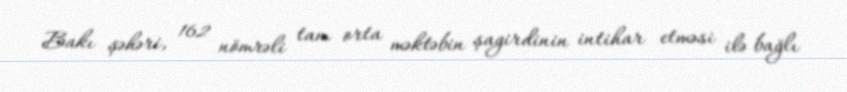
Bakı şəhəri, 162 nömrəli tam orta məktəbin şagirdinin intihar etməsi ilə bağlı